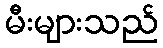
မီးများသည်